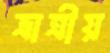
ভ্রাত্রীয়